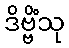
ဒိဗ္ဗိံသု